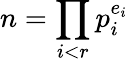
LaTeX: n=\prod_{i<r}p_{i}^{e_{i}}